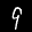
Label: 9